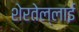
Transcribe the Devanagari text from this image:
शेरतेल्लाई